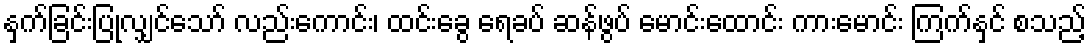
နှက်ခြင်းပြုလျှင်သော် လည်းကောင်း၊ ထင်းခွေ ရေခပ် ဆန်ဖွပ် မောင်းထောင်း ကားမောင်း ကြက်နှင် စသည့်